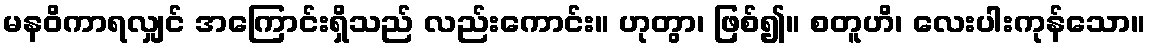
မနဝိကာရလျှင် အကြောင်းရှိသည် လည်းကောင်း။ ဟုတွာ၊ ဖြစ်၍။ စတူဟိ၊ လေးပါးကုန်သော။